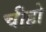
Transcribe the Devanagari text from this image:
चीहो